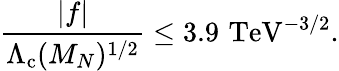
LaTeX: \frac{|f|}{\Lambda_{\mathrm{c}}(M_{N})^{1/2}}\leq 3.9\, \, \mathrm{TeV}^{-3/2}.